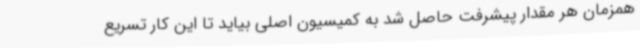
همزمان هر مقدار پیشرفت حاصل شد به کمیسیون اصلی بیاید تا این کار تسریع